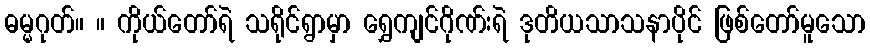
ဓမ္မဂုတ်။ ။ ကိုယ်တော်ရဲ သရိုင်ရွာမှာ ရွှေကျင်ဂိုဏ်းရဲ ဒုတိယသာသနာပိုင် ဖြစ်တော်မူသော